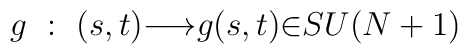
g ~:~(s,t){\longrightarrow}g(s,t){\in}SU(N+1)